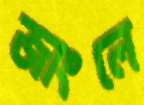
জাংলে